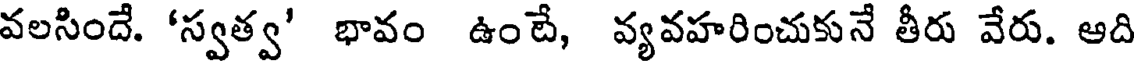
వలసిందే. 'స్వత్వ' భావం ఉంటే, వ్యవహరించుకునే తీరు వేరు. ఆది